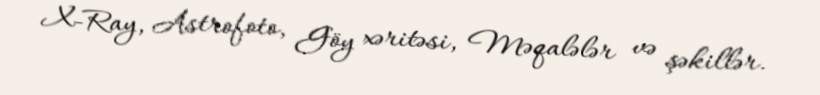
X-Ray, Astrofoto, Göy xəritəsi, Məqalələr və şəkillər.